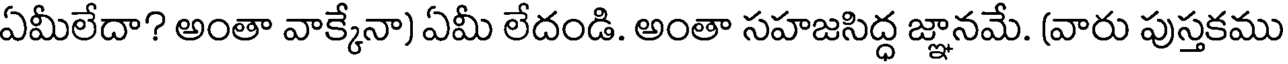
ఏమీలేదా? అంతా వాక్కేనా) ఏమీ లేదండి. అంతా సహజసిద్ధ జ్ఞానమే. (వారు పుస్తకము